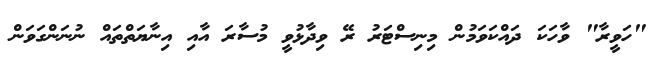
"ހަވީރާ" ވާހަކަ ދައްކަވަމުން މިނިސްޓަރު ރޭ ވިދާޅުވީ މުސާރަ އާއި އިނާޔަތްތައް ނުނަންގަވަން